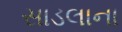
સાડલાના